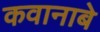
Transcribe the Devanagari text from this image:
कवानाबे